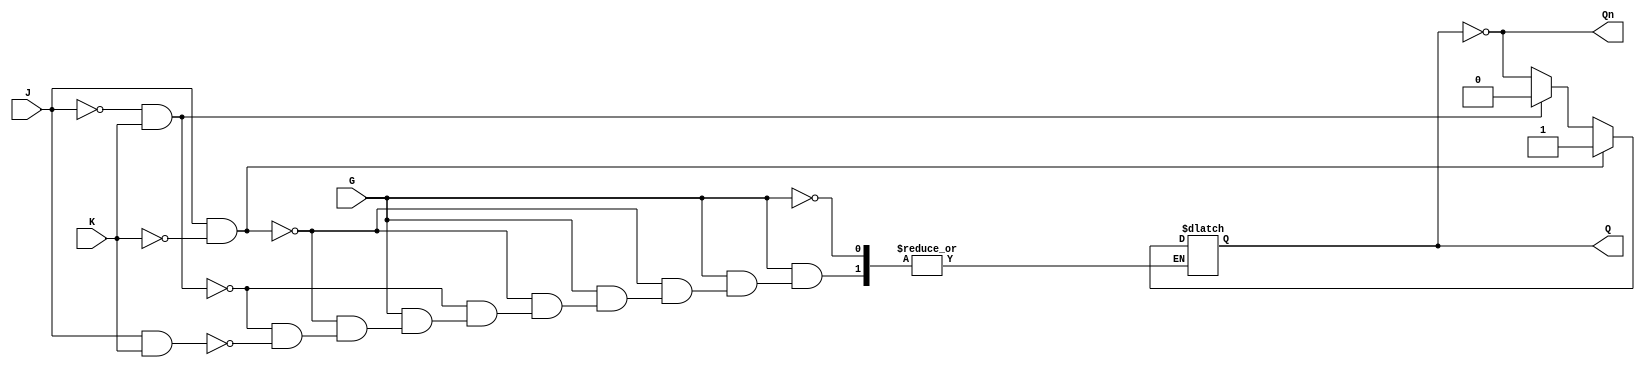
module GatedJKLatch (
    input wire J,    // Set input
    input wire K,    // Reset input
    input wire G,    // Gate input (active high)
    output reg Q,    // Current state output
    output wire Qn   // Inverted state output
);

    // Inverted output
    assign Qn = ~Q;

    always @(*) begin
        if (G) begin
            if (J && ~K) begin
                Q = 1;   // Set state
            end else if (~J && K) begin
                Q = 0;   // Reset state
            end else if (J && K) begin
                Q = ~Q;  // Toggle state
            end // If J = 0 and K = 0, do nothing (hold state)
        end
        // If G is low, maintain the current state (Q) 
    end

endmodule